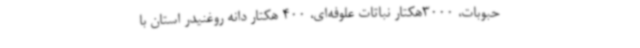
حبوبات، 3000هکتار نباتات علوفه‌ای، 400 هکتار دانه روغنیدر استان با